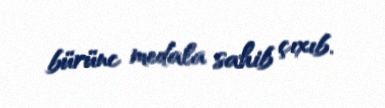
bürünc medala sahib çıxıb.